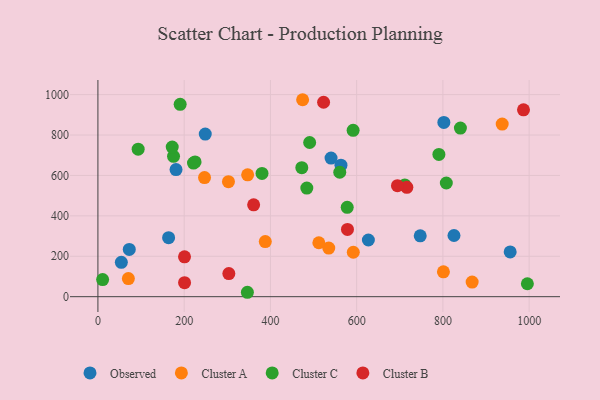
{"axis": {"x": "Ad Spend", "y": "Sales"}, "legend": ["Cluster A", "Cluster B", "Cluster C", "Observed"], "data": [{"x": "72.7", "y": 233.7, "type": "Observed"}, {"x": "248.9", "y": 804.6, "type": "Observed"}, {"x": "825.7", "y": 302.7, "type": "Observed"}, {"x": "163.9", "y": 292.0, "type": "Observed"}, {"x": "956.0", "y": 221.4, "type": "Observed"}, {"x": "627.2", "y": 280.6, "type": "Observed"}, {"x": "54.3", "y": 169.8, "type": "Observed"}, {"x": "563.6", "y": 650.8, "type": "Observed"}, {"x": "802.2", "y": 862.4, "type": "Observed"}, {"x": "181.1", "y": 629.2, "type": "Observed"}, {"x": "747.4", "y": 301.3, "type": "Observed"}, {"x": "540.6", "y": 685.8, "type": "Observed"}, {"x": "70.6", "y": 89.7, "type": "Cluster A"}, {"x": "592.2", "y": 219.8, "type": "Cluster A"}, {"x": "302.7", "y": 569.1, "type": "Cluster A"}, {"x": "801.2", "y": 122.8, "type": "Cluster A"}, {"x": "867.8", "y": 72.2, "type": "Cluster A"}, {"x": "347.2", "y": 603.0, "type": "Cluster A"}, {"x": "247.2", "y": 589.5, "type": "Cluster A"}, {"x": "937.5", "y": 854.2, "type": "Cluster A"}, {"x": "388.1", "y": 272.8, "type": "Cluster A"}, {"x": "535.3", "y": 240.4, "type": "Cluster A"}, {"x": "512.3", "y": 266.8, "type": "Cluster A"}, {"x": "474.7", "y": 974.7, "type": "Cluster A"}, {"x": "995.9", "y": 64.0, "type": "Cluster C"}, {"x": "221.6", "y": 661.4, "type": "Cluster C"}, {"x": "346.6", "y": 21.8, "type": "Cluster C"}, {"x": "491.0", "y": 762.9, "type": "Cluster C"}, {"x": "560.8", "y": 615.8, "type": "Cluster C"}, {"x": "190.7", "y": 951.8, "type": "Cluster C"}, {"x": "175.3", "y": 694.4, "type": "Cluster C"}, {"x": "225.3", "y": 666.7, "type": "Cluster C"}, {"x": "790.7", "y": 704.2, "type": "Cluster C"}, {"x": "472.8", "y": 638.4, "type": "Cluster C"}, {"x": "172.3", "y": 740.6, "type": "Cluster C"}, {"x": "591.8", "y": 823.2, "type": "Cluster C"}, {"x": "711.6", "y": 553.1, "type": "Cluster C"}, {"x": "807.9", "y": 562.6, "type": "Cluster C"}, {"x": "10.9", "y": 84.6, "type": "Cluster C"}, {"x": "484.4", "y": 537.4, "type": "Cluster C"}, {"x": "840.6", "y": 834.2, "type": "Cluster C"}, {"x": "578.1", "y": 442.2, "type": "Cluster C"}, {"x": "93.3", "y": 730.1, "type": "Cluster C"}, {"x": "380.5", "y": 610.0, "type": "Cluster C"}, {"x": "716.4", "y": 541.1, "type": "Cluster B"}, {"x": "303.6", "y": 114.2, "type": "Cluster B"}, {"x": "694.6", "y": 549.5, "type": "Cluster B"}, {"x": "200.8", "y": 197.2, "type": "Cluster B"}, {"x": "523.3", "y": 962.2, "type": "Cluster B"}, {"x": "361.1", "y": 454.6, "type": "Cluster B"}, {"x": "986.9", "y": 924.9, "type": "Cluster B"}, {"x": "200.9", "y": 69.4, "type": "Cluster B"}, {"x": "578.7", "y": 332.8, "type": "Cluster B"}]}